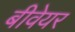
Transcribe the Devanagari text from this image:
बीवेयर